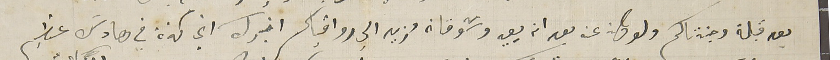
بعد قبلة وجنتاكم ولو كان عن بعد ان يعيد وشوقان مزيد الي رواقياكم اخبرك اني كنة في هادسَ عظيم